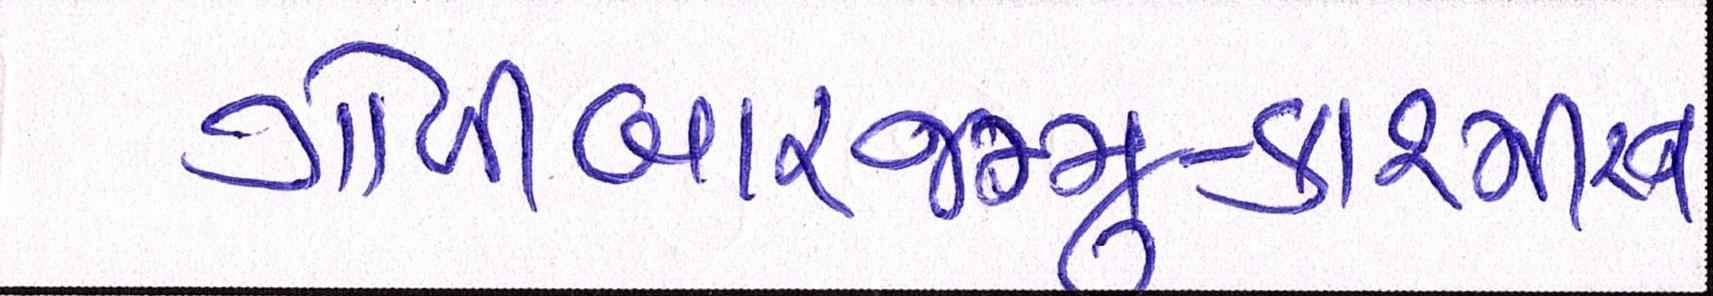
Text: ગોળીબારજમ્મુ-કાશ્મીરના